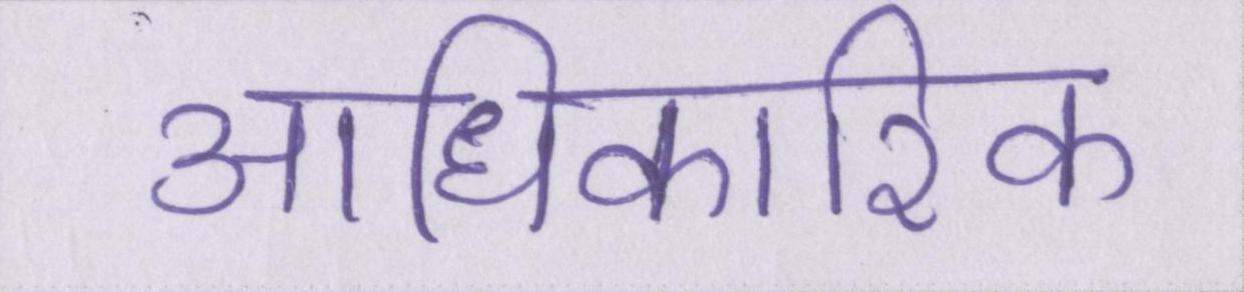
आधिकारिक